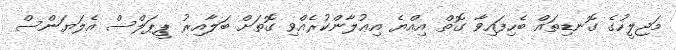
މަޖިލީހުގެ ގޮނޑިތައް ބެހިފައިވާ ގޮތް އިއްޔެ އިޢުލާންކުރެއްވި ގޮތަށް ބަލާއިރު ޕީޕަލްސް އެލަޔަންސް